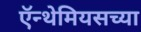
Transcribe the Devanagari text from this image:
ऍन्थेमियसच्या